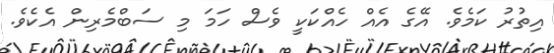
އިތުރު ކަމެވެ. އޭގެ އެއް ހެއްކަކީ ވެސް ހަމަ މި ސަބްމެރިން އެކެވެ.